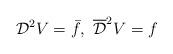
LaTeX: \begin{align*}{\cal D}^2 V=\bar f, \ \overline{\cal D}^2 V=f\end{align*}